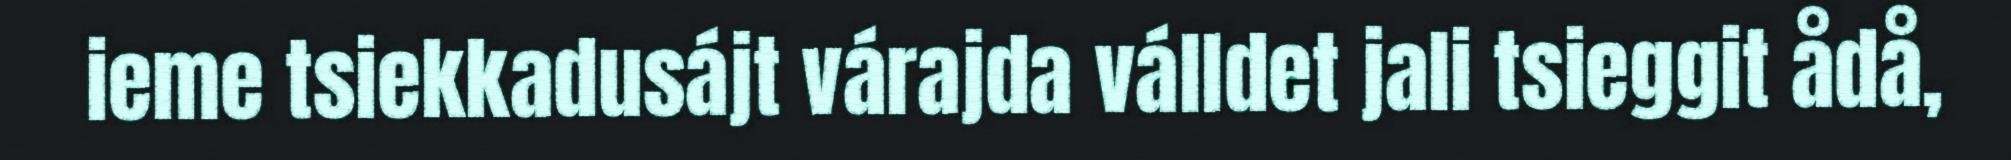
ieme tsiekkadusájt várajda válldet jali tsieggit ådå,